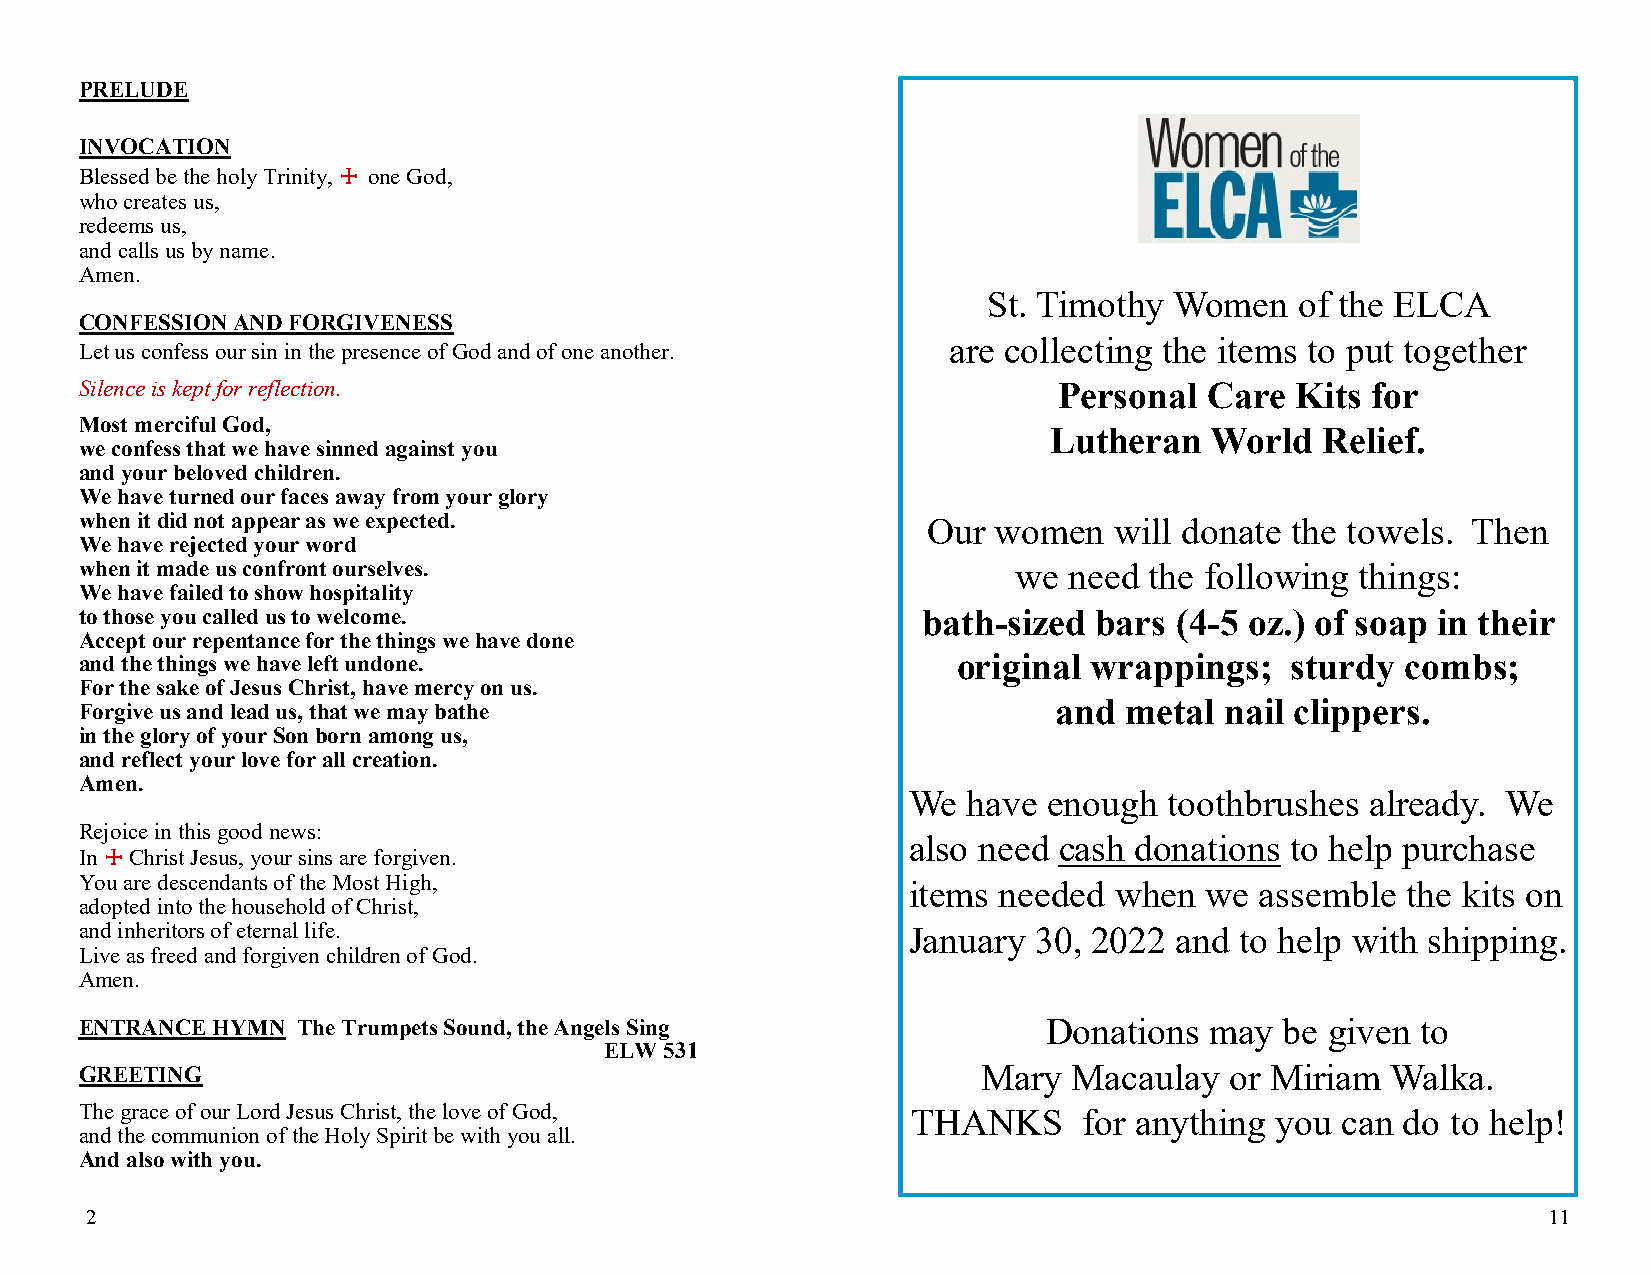
PRELUDE
 INVOCATION
 Blessed be the holy Trinity, ☩ one God,
 who creates us,
 redeems us,
 and calls us by name.
 Amen.
 St. Timothy  Women   of the ELCA
 CONFESSION AND FORGIVENESS
 are collecting the items to put together
 Let us confess our sin in the presence of God and of one another.
 Silence is kept for reflection.                                  Personal  Care  Kits for
 Most merciful God,
 Lutheran   World   Relief.
 we confess that we have sinned against you
 and your beloved children.
 We have turned our faces away from your glory
 when it did not appear as we expected.                  Our  women   will donate the towels. Then
 We have rejected your word
 when it made us confront ourselves.                           we  need the following things:
 We have failed to show hospitality
 to those you called us to welcome.                      bath-sized bars  (4-5 oz.) of soap in their
 Accept our repentance for the things we have done
 and the things we have left undone.                       original wrappings;   sturdy  combs;
 For the sake of Jesus Christ, have mercy on us.
 Forgive us and lead us, that we may bathe                        and metal  nail clippers.
 in the glory of your Son born among us,
 and reflect your love for all creation.
 Amen.
 We  have enough  toothbrushes  already. We
 Rejoice in this good news:
 also need cash donations to help purchase
 In ☩ Christ Jesus, your sins are forgiven.
 You are descendants of the Most High,                  items needed  when  we assemble  the kits on
 adopted into the household of Christ,
 and inheritors of eternal life.                        January 30, 2022  and to help with shipping.
 Live as freed and forgiven children of God.
 Amen.
 ENTRANCE HYMN  The Trumpets Sound, the Angels Sing              Donations  may  be given to
 ELW 531
 GREETING                                                    Mary  Macaulay  or Miriam  Walka.
 The grace of our Lord Jesus Christ, the love of God,   THANKS      for anything you can do to help!
 and the communion of the Holy Spirit be with you all.
 And also with you.
 2                                                                                                11